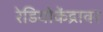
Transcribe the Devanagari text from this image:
रेडियोकेंद्रावर